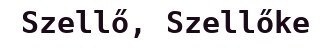
Szellő, Szellőke